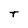
Character: t